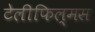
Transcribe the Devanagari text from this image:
टेलीफिल्मस